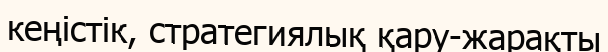
кеңістік, стратегиялық қару-жарақты